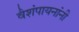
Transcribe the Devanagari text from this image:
वैशंपायनांनी